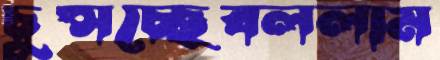
চুপ্‌সচ্ছেবললাম